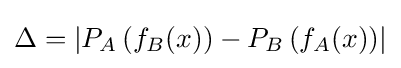
\Delta =\left|P_{A}\left(f_{B}(x)\right)-P_{B}\left(f_{A}(x)\right)\right|